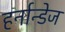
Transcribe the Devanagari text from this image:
हर्नान्डेज